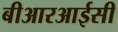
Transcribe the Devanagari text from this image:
बीआरआईसी